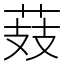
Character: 𦲔